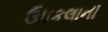
ઉપકલાની